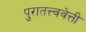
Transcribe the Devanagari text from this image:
पुरातत्त्ववेत्ती